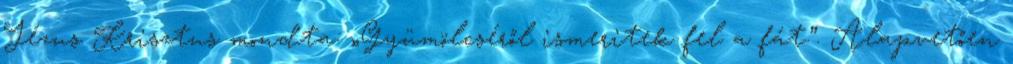
Jézus Kris­z­tus mondta: „Gyü­möl­cséről ismeritek fel a fát.”. Alapvetően